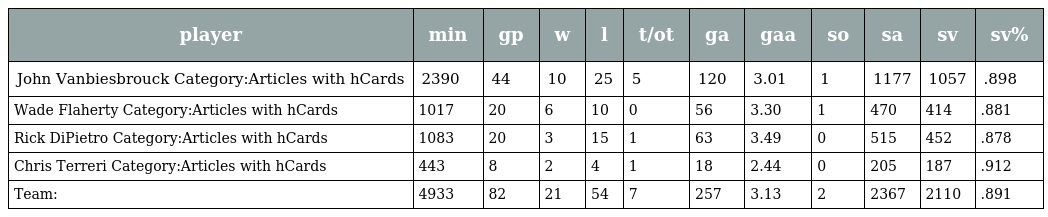
| player | min | gp | w | l | t/ot | ga | gaa | so | sa | sv | sv% |
 | --- | --- | --- | --- | --- | --- | --- | --- | --- | --- | --- | --- |
 | John Vanbiesbrouck Category:Articles with hCards | 2390 | 44 | 10 | 25 | 5 | 120 | 3.01 | 1 | 1177 | 1057 | .898 |
 | Wade Flaherty Category:Articles with hCards | 1017 | 20 | 6 | 10 | 0 | 56 | 3.30 | 1 | 470 | 414 | .881 |
 | Rick DiPietro Category:Articles with hCards | 1083 | 20 | 3 | 15 | 1 | 63 | 3.49 | 0 | 515 | 452 | .878 |
 | Chris Terreri Category:Articles with hCards | 443 | 8 | 2 | 4 | 1 | 18 | 2.44 | 0 | 205 | 187 | .912 |
 | Team: | 4933 | 82 | 21 | 54 | 7 | 257 | 3.13 | 2 | 2367 | 2110 | .891 |